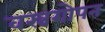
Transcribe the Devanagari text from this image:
वस्त्रगोपन